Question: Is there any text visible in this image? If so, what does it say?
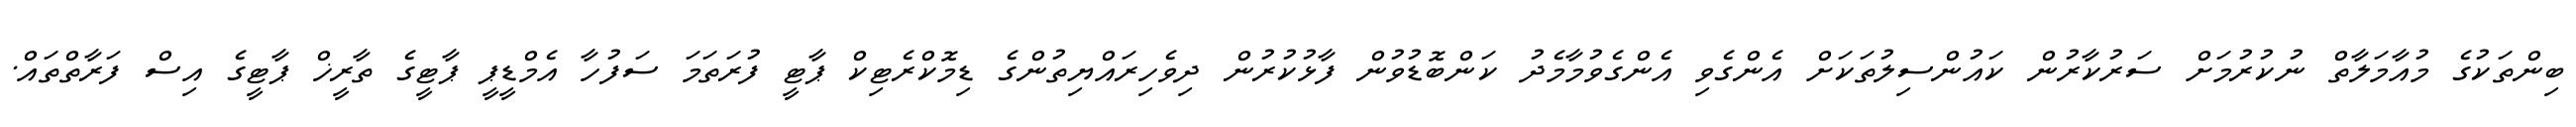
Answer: ބިންތަކުގެ މުއާމަލާތް ނުކުރުމަށް ސަރުކާރުން ކައުންސިލުތަކަށް އެންގެވި އެންގެވުމާމެދު ކަންބޮޑުވުން ފާޅުކުރުން ދިވެހިރައްޔިތުންގެ ޑިމޮކްރެޓިކް ޕާޓީ ފުރަތަމަ ސަފުހާ އެމްޑީޕީ ޕާޓީގެ ތާރީޚް ޕާޓީގެ އިސް ފަރާތްތައް.